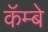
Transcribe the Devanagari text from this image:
कॅम्बे